Senior Leaving Certificate Examination (including Day School Certificate (Higher) General paper), 1950
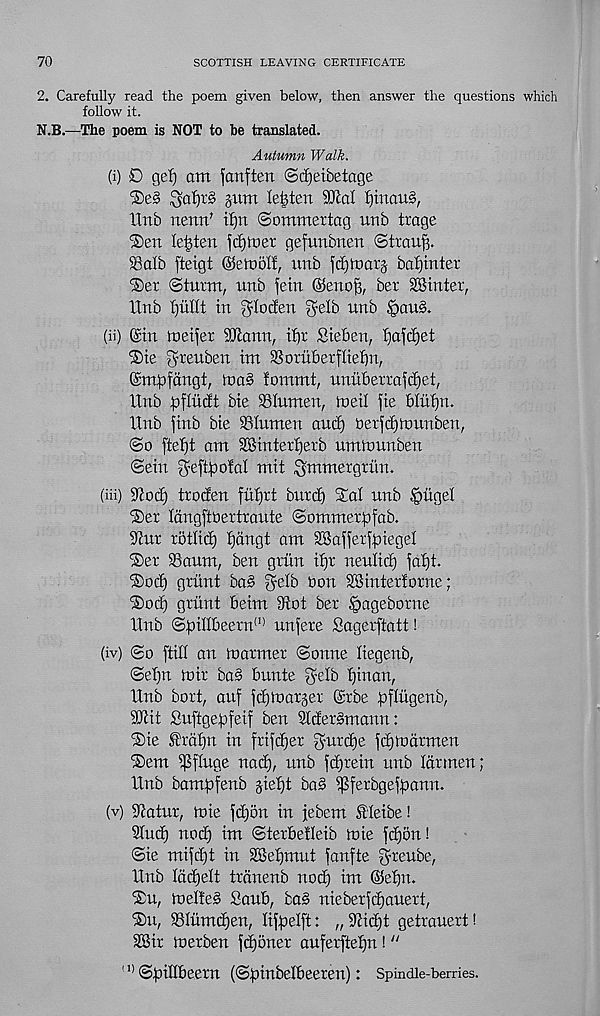
70
SCOTTISH LEAVING CERTIFICATE
2. Carefully read the poem given below, then answer the questions which
follow it.
N.B.—The poem is NOT to be translated.
Autumn Walk.
(i) 0 Qet) am fcmften ©djetbetage
$af)t3 §um lenten
^tnau§,
IXnb nenn* il)n (Sommertag unb trage
®en lenten fd)lt)er gefunbnen (Strang.
S3 alb fteigt ©etoolf, imb jd)toar§ batjinter
®er (Sturm, unb \ein ©eno^, ber SSinter,
IXnb tjullt in ^loden ^elb unb ^>au§.
(ii) ©in meijer SJtann, if)r Sieben, t)ajc^et
®ie iyreuben im 9SorubexfIiet)n,
©mpfangt, lna§ tommt, unuberrafc^et,
Xtnb pfliidt bie 93lumen, ineil fie btutjn.
IXnb finb bie tinmen and) betfdjtnunben,
(So ftefjt am SKintetXjerb umlounben
(Sein geftbolal mit ^mmergrun.
(hi) Sfiod) troden fiifjrt burd) Stal unb §ugel
®er IdngftOertxaute (Sommexpfab.
S^ux xbtlid) Xjdngt am SSaffexf^iegel
®ex 93aum, ben gxun it)x neultd) faf)t.
iSod) gxxint ba§ $elb oon SSintexIoxne;
®oc^ gxiint beim 9(tot bex ^ageboxne
Xtnb (Sbillbeexn (1) unfexe Sagexftatt!
(iv) So [till an toaxmex Sonne liegenb,
Set)n mix ba§ bunte ^elb t)inan,
XXnb boxt, auf fc^tnaxgex ©xbe pflugenb,
9Jlit Suftgepfeif ben 9tdex§mann:
®ie Sh'dfjn in fxifdjex ^uxc^e fdimdxmen
‘Sent
fluge nad), unb fdjxein unb Idxmen;
XXnb bampfenb jie^t ba§ ^Sfexbgefpann.
(v) i)?atux, toie fdjon in jebem Sleibe!
Stud) nod) tm (Stexbefleib mie fdjon!
Sie mifcfjt in SSetjmut fanfte ^xeube,
XXnb Iddjelt txdnenb nod) im ©etjn.
®u, melted Saub, ba§ niebexfcfjauext,
®n, 93Iumd)en, tifpelft: „ SXidjt getxauext!
SSix toexben fdjonex aufexftet)n! "
! 11 SpiHbeexn (Spinbelbeexen): Spindle-berries.